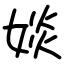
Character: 婒